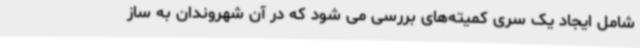
شامل ایجاد یک سری کمیته‌های بررسی می شود که در آن شهروندان به ساز